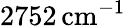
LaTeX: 2752\, \mathrm{cm}^{-1}